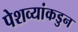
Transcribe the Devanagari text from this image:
पेशव्यांकडुन